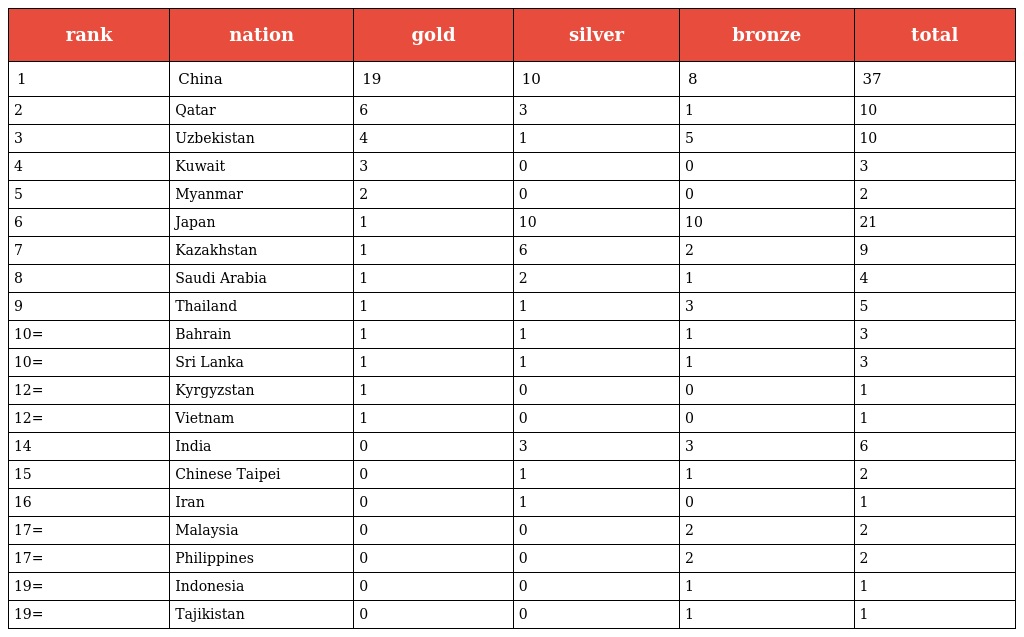
| rank | nation | gold | silver | bronze | total |
 | --- | --- | --- | --- | --- | --- |
 | 1 | China | 19 | 10 | 8 | 37 |
 | 2 | Qatar | 6 | 3 | 1 | 10 |
 | 3 | Uzbekistan | 4 | 1 | 5 | 10 |
 | 4 | Kuwait | 3 | 0 | 0 | 3 |
 | 5 | Myanmar | 2 | 0 | 0 | 2 |
 | 6 | Japan | 1 | 10 | 10 | 21 |
 | 7 | Kazakhstan | 1 | 6 | 2 | 9 |
 | 8 | Saudi Arabia | 1 | 2 | 1 | 4 |
 | 9 | Thailand | 1 | 1 | 3 | 5 |
 | 10= | Bahrain | 1 | 1 | 1 | 3 |
 | 10= | Sri Lanka | 1 | 1 | 1 | 3 |
 | 12= | Kyrgyzstan | 1 | 0 | 0 | 1 |
 | 12= | Vietnam | 1 | 0 | 0 | 1 |
 | 14 | India | 0 | 3 | 3 | 6 |
 | 15 | Chinese Taipei | 0 | 1 | 1 | 2 |
 | 16 | Iran | 0 | 1 | 0 | 1 |
 | 17= | Malaysia | 0 | 0 | 2 | 2 |
 | 17= | Philippines | 0 | 0 | 2 | 2 |
 | 19= | Indonesia | 0 | 0 | 1 | 1 |
 | 19= | Tajikistan | 0 | 0 | 1 | 1 |